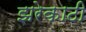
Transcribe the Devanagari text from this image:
झरेकाठी